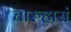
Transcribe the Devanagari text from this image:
चारुहासं